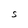
Character: t